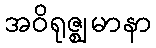
အဝိရုဇ္ဈမာနာ